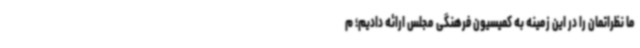
ما نظراتمان را در این زمینه به کمیسیون فرهنگی مجلس ارائه دادیم؛ م